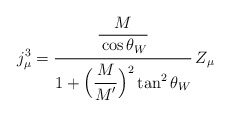
\begin{align*}j^3_\mu=\frac{\frac{\strut\displaystyle M}{\strut\displaystyle\cos\theta_W}}{1+\strut\displaystyle\Bigl(\frac{\strut\displaystyle M}{\strut\displaystyle M^\prime}\Bigr)^2\tan^2\theta_W}\,Z_\mu\end{align*}